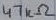
Text: 47kΩ